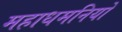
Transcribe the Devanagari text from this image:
महाधमनियों